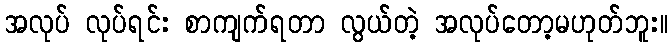
အလုပ် လုပ်ရင်း စာကျက်ရတာ လွယ်တဲ့ အလုပ်တော့မဟုတ်ဘူး။